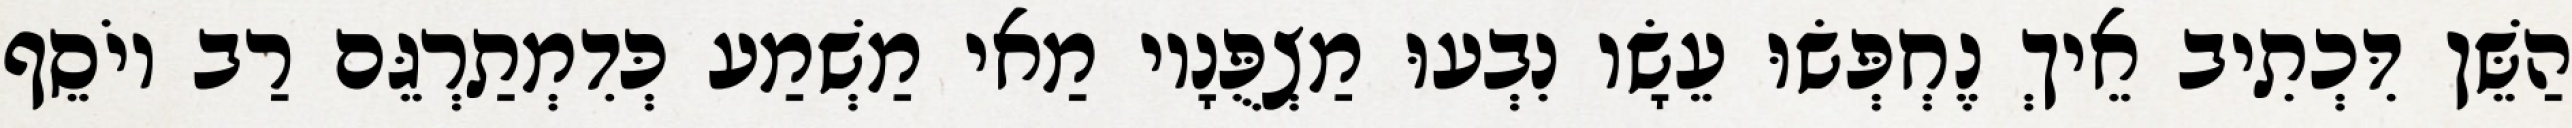
הַשֵּׁן דִּכְתִיב אֵיךְ נֶחְפְּשׂוּ עֵשָׂו נִבְעוּ מַצְפֻּנָיו מַאי מַשְׁמַע כְּדִמְתַרְגֵּם רַב יוֹסֵף